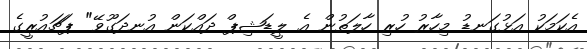
އެކަމަކު އަޅުގަނޑު މިހާރު ހުރި ހާލަތުން އެ ލީޑަޝިޕް ދައްކަން އުނދަގޫވޭ" ޕަޗައުރީގެ